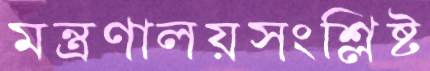
মন্ত্রণালয়সংশ্লিষ্ট